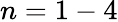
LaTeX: n=1-4